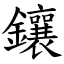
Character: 鑲